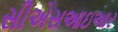
સીએસઆઇઆર